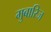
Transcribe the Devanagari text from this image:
मुबारिज